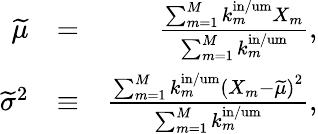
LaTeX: \begin{array}{rlr}{\widetilde{\mu}}&{=}&{\frac{\sum_{m=1}^{M}k_{m}^{\mathrm{in/um}}X_{m}}{\sum_{m=1}^{M}k_{m}^{\mathrm{in/um}}},}\\ {\widetilde{\sigma}^{2}}&{\equiv}&{\frac{\sum_{m=1}^{M}k_{m}^{\mathrm{in/um}}\left(X_{m}-\widetilde{\mu}\right)^{2}}{\sum_{m=1}^{M}k_{m}^{\mathrm{in/um}}},}\end{array}